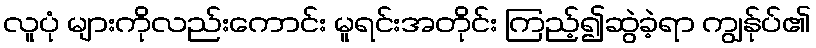
လူပုံ များကိုလည်းကောင်း မူရင်းအတိုင်း ကြည့်၍ဆွဲခဲ့ရာ ကျွန်ုပ်၏